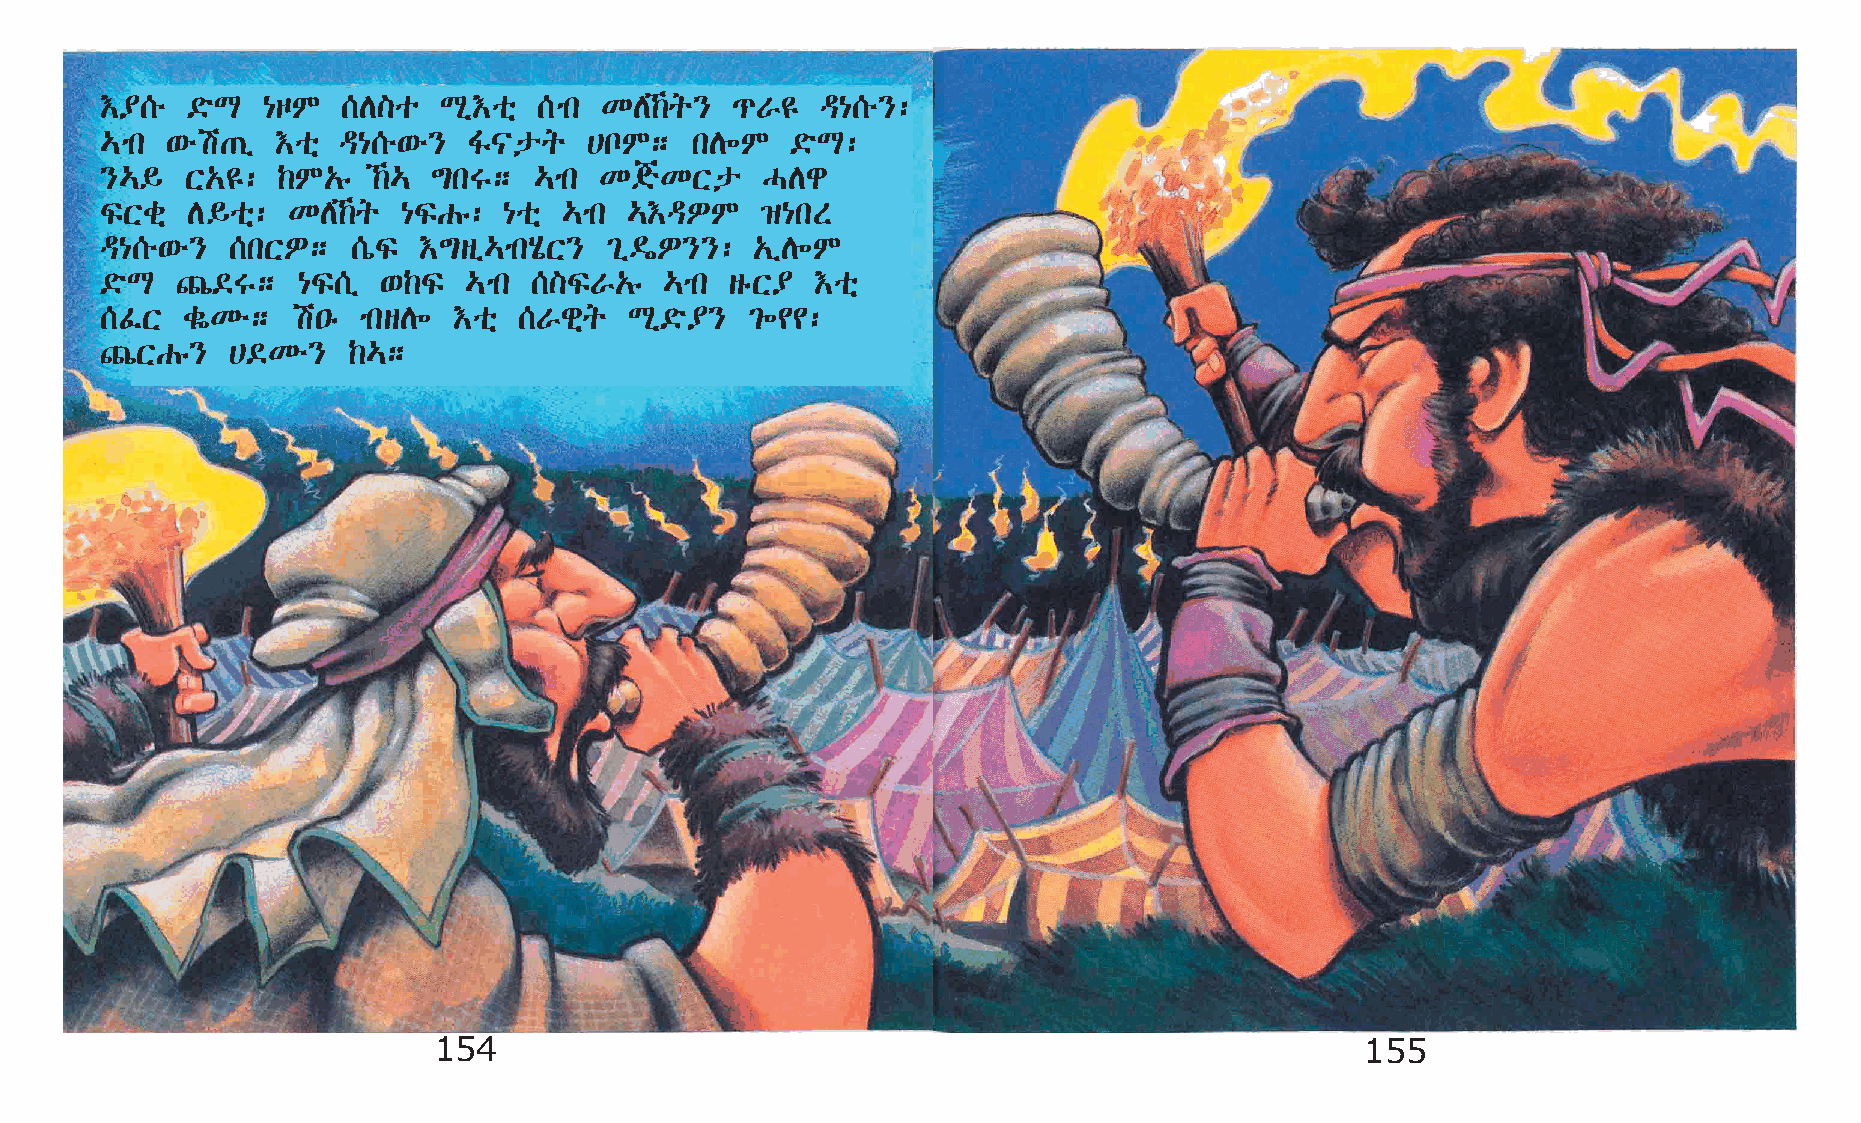
†¥[é ©öL  {œM   [D]o  Lð†oñ  [mk KD‰q}   ¹V£  ª{[é}:
 …mk ‘éa·ï  †oñ  ª{[é‘é} Í|pq    @nM;   kD÷M  ©öL:
 }…§  X„£:  ‰M„ê   ‰… ´kT;  …mk  K°KXp     HDg
 ÏXcñ D§oñ:  KD‰q   {ÏGê: {oñ …mk  …†ªÈM   ›{kS
 ª{[é‘é} [kXÈ;   [òÏ  †´sï…mkAôX} ²ï«È}}:   „ïD÷M
 ©öL  »©T;    {Ï[ï ‘‰Ï   …mk []ÏV„ê   …mk sêX¥  †oñ
 [ÊX  cøKé;  a•ê  mksD÷ †oñ [Vgñq   Lð©ö¥} ²÷¢¢:
 »XGê}   @©Ké}   ‰…;
 154                                                          155